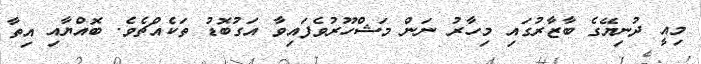
މިއީ ދުނިޔޭގެ ބާޒާރުގައި މިހާރު ނަން މަޝްހޫރުވެފައިވާ އަގުބޮޑު ތަކެއްޗެވެ. ބޮއްޔާއި އިތާ